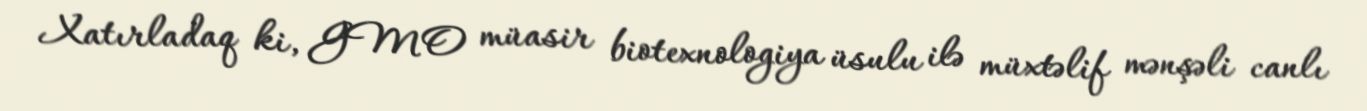
Xatırladaq ki, GMO müasir biotexnologiya üsulu ilə müxtəlif mənşəli canlı